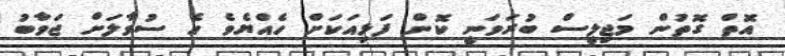
އޮތް ގޮތުން މަޖިލީސް ބުރަވަނީ ކޮން ފަޅިއަކަށް ހެއްޔެވެ އެ ސުވާލަށް ޖަވާބު